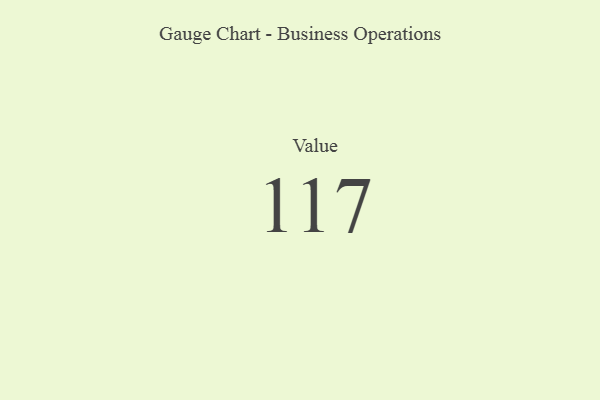
{"axis": {"x": "Metric", "y": "Value"}, "legend": [""], "data": [{"x": "Value", "y": 117, "type": ""}]}